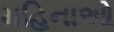
મહિનાઓ